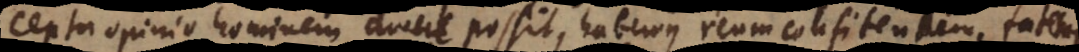
opinio hominem ducere possit, habemus reum confitentem, fat